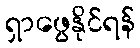
ရှာဖွေနိုင်ရန်